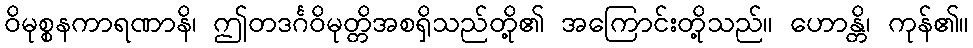
ဝိမုစ္စနကာရဏာနိ၊ ဤတဒင်္ဂဝိမုတ္တိအစရှိသည်တို့၏ အကြောင်းတို့သည်။ ဟောန္တိ၊ ကုန်၏။